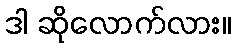
ဒါ ဆိုလောက်လား။